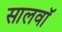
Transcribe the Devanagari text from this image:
सालवाॅ